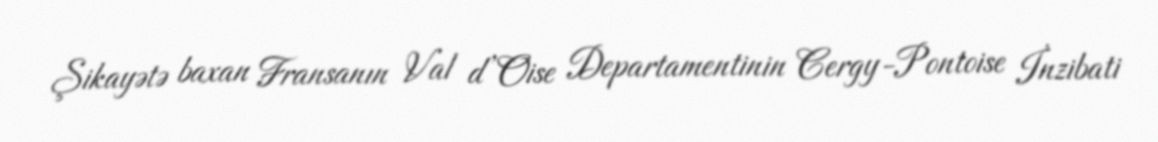
Şikayətə baxan Fransanın Val d’Oise Departamentinin Cergy-Pontoise İnzibati